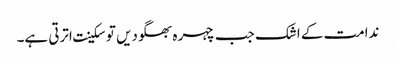
ندامت کے اشک جب چہرہ بھگودیں توسکینت اترتی ہے۔